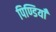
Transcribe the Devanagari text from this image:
पिण्डियाँ